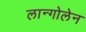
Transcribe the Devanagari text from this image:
लान्गोलेन